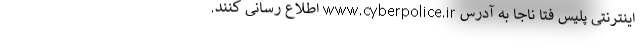
اینترنتی پلیس فتا ناجا به آدرس www.cyberpolice.ir اطلاع رسانی کنند.